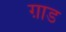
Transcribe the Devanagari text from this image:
ग़ाड